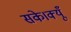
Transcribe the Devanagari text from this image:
सके।क्यूँ